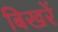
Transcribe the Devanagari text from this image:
बिखरें